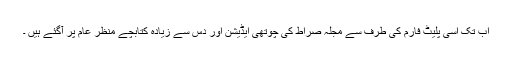
اب تک اسی پلیٹ فارم کی طرف سے مجلہ صراط کی چوتھی ایڈیشن اور دس سے زیادہ کتابچے منظر عام پر آگئے ہیں ۔